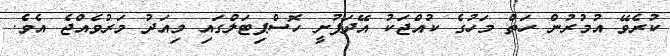
ކުރެވޭ އުމުރުން ހަތް މަހުގެ ކުއްޖަކު އޭދަފުށީ ހޮސްޕިޓަލްގައި މިއަދު މަރުވެއްޖެ އެވެ.